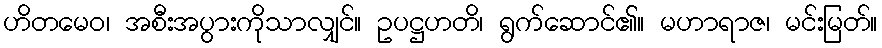
ဟိတမေဝ၊ အစီးအပွားကိုသာလျှင်။ ဥပဋ္ဌဟတိ၊ ရွက်ဆောင်၏။ မဟာရာဇ၊ မင်းမြတ်။